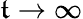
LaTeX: \mathfrak{t}\to\infty